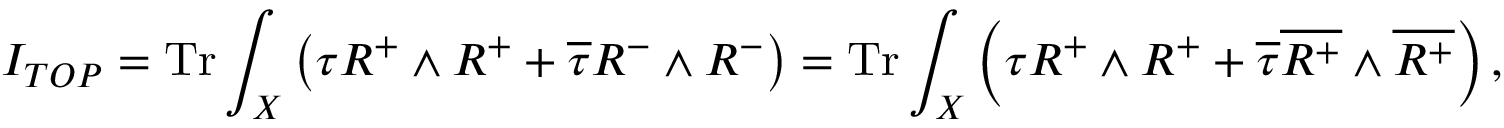
I _ { T O P } = \mathrm { T r } \int _ { X } \left( \tau R ^ { + } \wedge R ^ { + } + \overline { { \tau } } R ^ { - } \wedge R ^ { - } \right) = \mathrm { T r } \int _ { X } \left( \tau R ^ { + } \wedge R ^ { + } + \overline { { \tau } } \overline { { { R ^ { + } } } } \wedge \overline { { { R ^ { + } } } } \right) ,